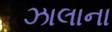
ઝાલાના